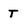
Character: T